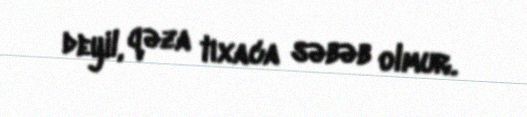
deyil, qəza tıxaca səbəb olmur.